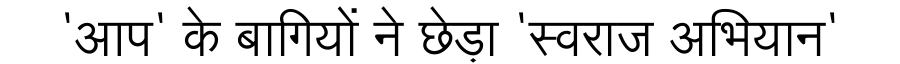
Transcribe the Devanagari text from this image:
'आप' के बागियों ने छेड़ा 'स्वराज अभियान'